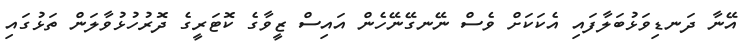
އޭނާ ދަނޑިވަޅުބަލާފައި އެކަކަށް ވެސް ނޭނގޭނޭހެން އައިސް ޒީވާގެ ކޮޓަރީގެ ދޮރުހުޅުވާލަން ތަޅުގައި